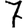
Digit: 7